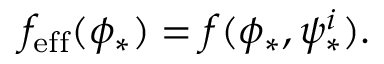
f _ { \mathrm { e f f } } ( \phi _ { * } ) = f ( \phi _ { * } , \psi _ { * } ^ { i } ) .